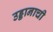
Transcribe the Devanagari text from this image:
उड्डानाची